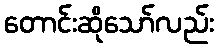
တောင်းဆိုသော်လည်း